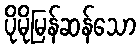
ပိုမိုမြန်ဆန်သော